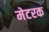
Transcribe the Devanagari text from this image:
मेटरक